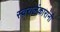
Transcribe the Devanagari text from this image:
स्वरालंकारांनी